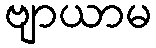
ဗျာယာမ